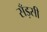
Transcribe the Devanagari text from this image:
सँड़सी